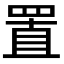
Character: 置